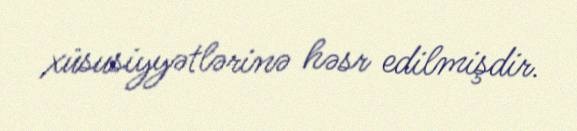
xüsusiyyətlərinə həsr edilmişdir.